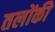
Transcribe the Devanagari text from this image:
तलोंकी